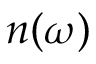
n ( \omega )